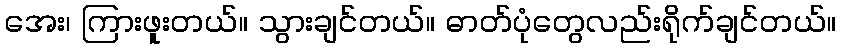
အေး၊ ကြားဖူးတယ်။ သွားချင်တယ်။ ဓာတ်ပုံတွေလည်းရိုက်ချင်တယ်။